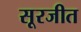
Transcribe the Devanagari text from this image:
सूरजीत